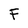
Character: F